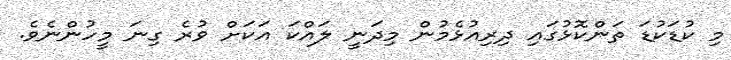
މި ކުޑަކުޑަ ތަންކޮޅުގައި ދިރިއުޅެމުން މިދަނީ ލައްކަ އަކަށް ވުރެ ގިނަ މީހުންނެވެ.